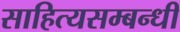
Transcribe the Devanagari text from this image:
साहित्यसम्बन्धी